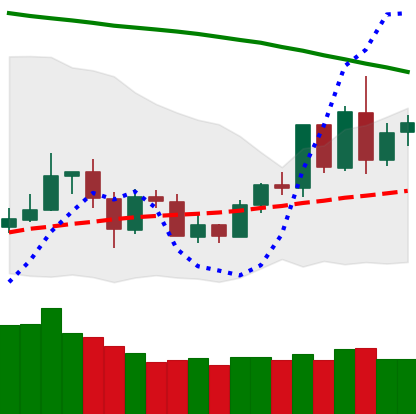
Ticker: LTC-USD
Chart end date: 2020-06-04
Forward return: -3.292%
Label: down_3_5